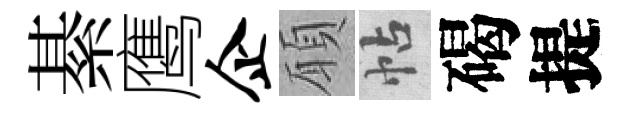
綦鹰企願帖碣提